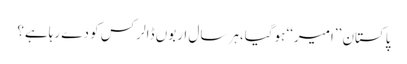
پاکستان ’’امیر‘‘ ہوگیا،ہر سال اربوں ڈالر کس کو دے رہاہے؟